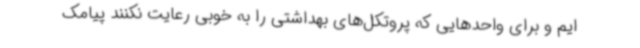
ایم و برای واحدهایی که پروتکل‌های بهداشتی را به خوبی رعایت نکنند پیامک